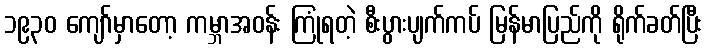
၁၉၃၀ ကျော်မှာတော့ ကမ္ဘာအဝန်း ကြုံရတဲ့ စီးပွားပျက်ကပ် မြန်မာပြည်ကို ရိုက်ခတ်ပြီး